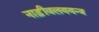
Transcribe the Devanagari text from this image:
नाड़ीवलययन्त्र